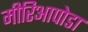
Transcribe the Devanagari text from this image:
मीरिआपोडा